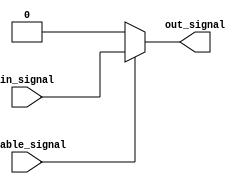
module active_high_buffer(
    input in_signal,
    input enable_signal,
    output reg out_signal
);

always @ (in_signal, enable_signal)
begin
    if(enable_signal)
        out_signal = in_signal;
    else
        out_signal = 0; // Output is 0 when enable signal is low
end

endmodule